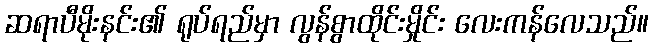
ဆရာပီမိုးနင်း၏ ရုပ်ရည်မှာ လွန်စွာထိုင်းမှိုင်း လေးကန်လေသည်။